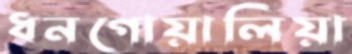
ধনগোয়ালিয়া